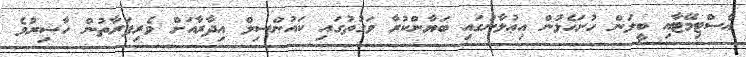
އެސްޓިމޭޓާއި ބީލަން ހުށަހެޅުން އިޢުލާނުގައި ބަޔާންކުރާ ވަގުތުގައި ކައުންސިލް އިދާރާއަށް ވެރިފަރާތުން ހާޟިރުވެ